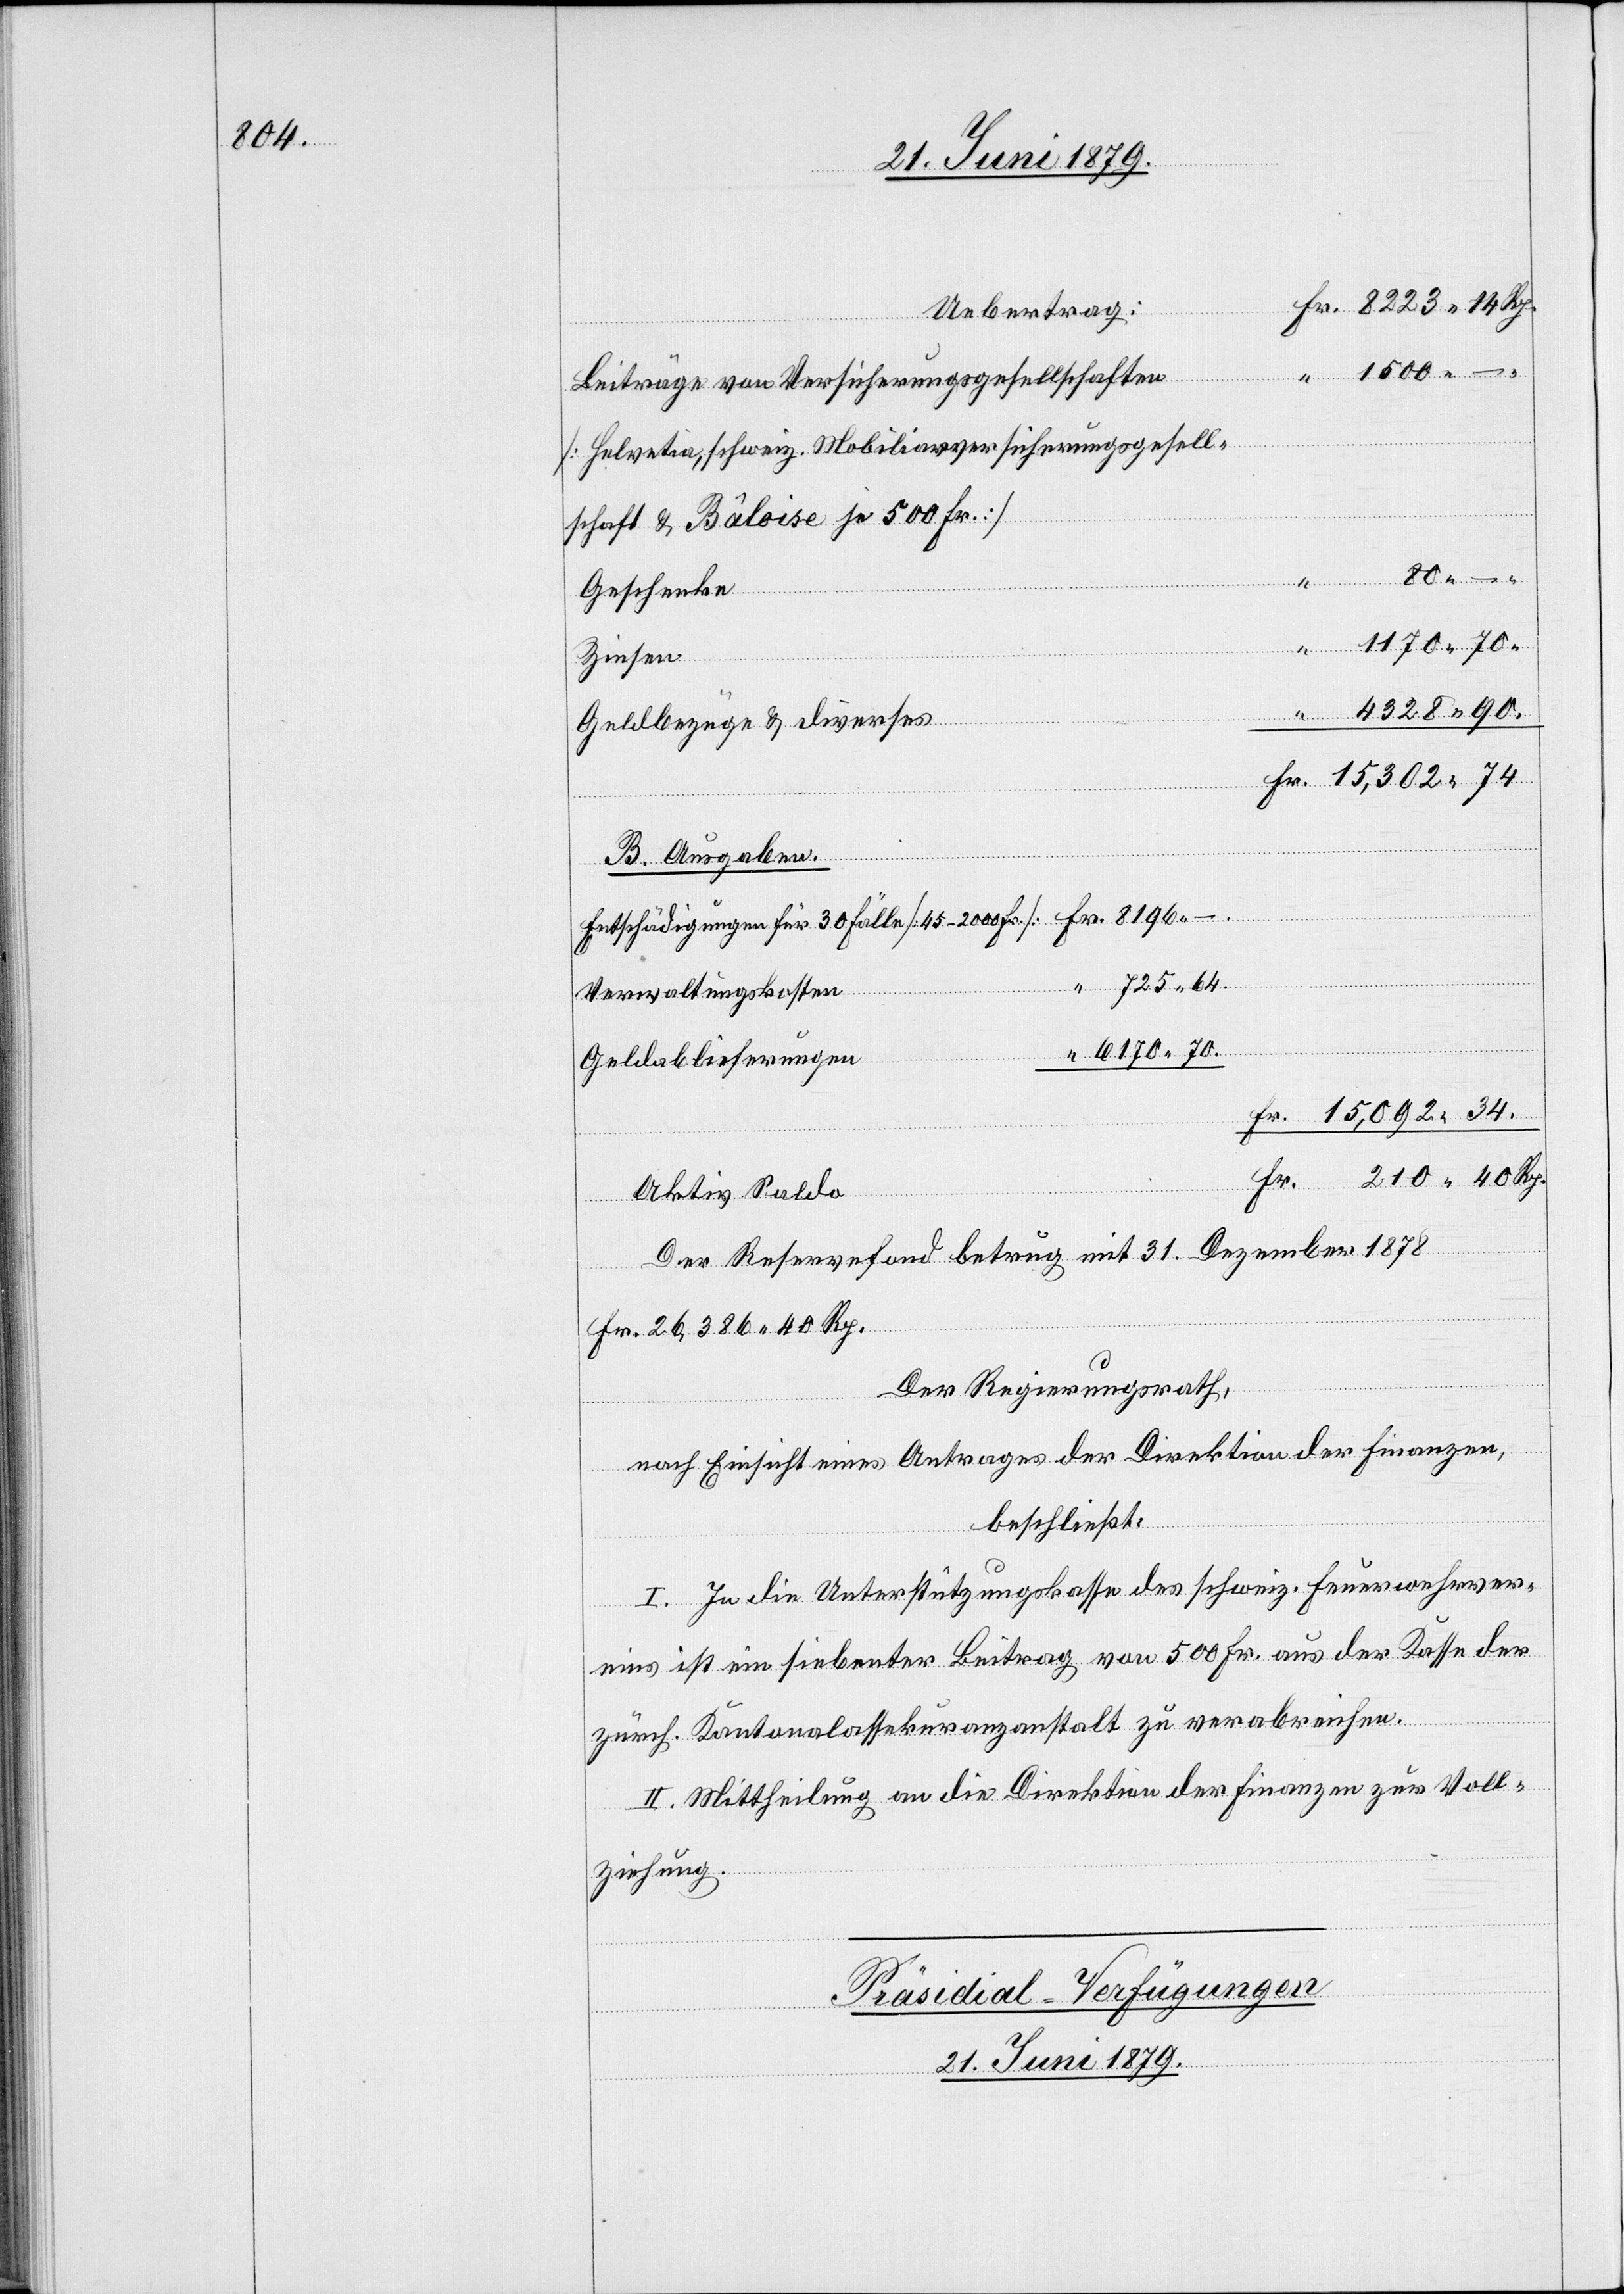
34
Uebertrag:
Beiträge von Versicherungsgesellschaften
[Helvetia, schweiz. Mobiliarversicherungsgesell¬
schaft & Bâloise je 500 Fr.]
80 –
Geschenke
Geldbezüge & diverses
B. Ausgaben.
Entschädigungen für 30 Fälle [45–2000 Fr.]
725 64.
–.
Verwaltungskosten
Fr.
6170 70.
Geldablieferungen
Aktiv Saldo
Rp.
Der Reservefond betrug mit 31. Dezember 1878
40
Fr. 26,386 40 Rp.
Der Regierungsrath,
nach Einsicht eines Antrages der Direktion der Finanzen,
beschließt:
I. In die Unterstützungskasse des schweiz. Feuerwehrver¬
eins ist ein siebenter Beitrag von 500 Fr. aus der Kasse der
zürch. Kantonalassekuranzanstalt zu verabreichen.
II. Mittheilung an die Direktion der Finanzen zur Voll¬
ziehung.
Präsidial-Verfügungen.
21. Juni 1879.